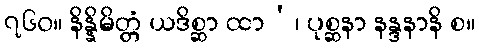
၇၆၀။ နိန္နိမိတ္တံ ယဒိစ္ဆာ ထာ’၊ ပုစ္ဆနာ နန္ဒနာနိ စ။